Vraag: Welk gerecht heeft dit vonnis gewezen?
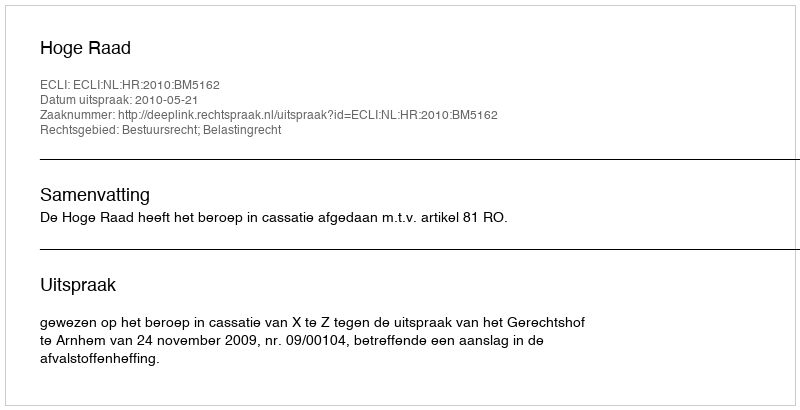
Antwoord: Hoge Raad